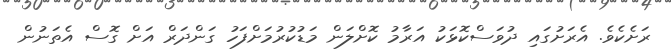
ރަށެކެވެ. އެރަށުގައި ދުވަސްކޮޅަކު އަރާމު ކޮށްލަން މަޑުކުރުމަށްފަހު ގަންދަރް އަށް ގޮސް އެތަނުން